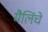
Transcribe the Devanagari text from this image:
मैलिंचे